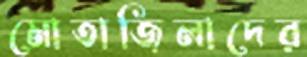
মোতাজিলাদের